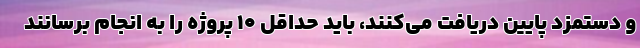
و دستمزد پایین دریافت می‌کنند، باید حداقل ۱۰ پروژه را به انجام برسانند